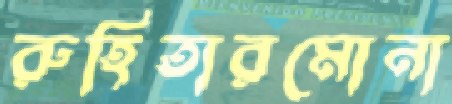
রুহিতারমোনা